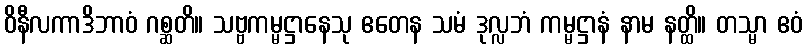
ဝိနီလကာဒိဘာဝံ ဂစ္ဆတိ။ သဗ္ဗကမ္မဋ္ဌာနေသု ဧတေန သမံ ဒုလ္လဘံ ကမ္မဋ္ဌာနံ နာမ နတ္ထိ။ တသ္မာ ဧဝံ